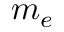
m _ { e }